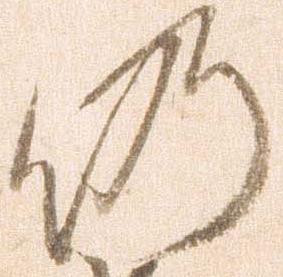
仍